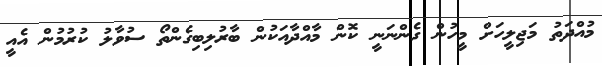
މުއްދަތު މަޖިލީހަށް މީހުން ގެންނަނީ ކޮން މާއްދާއަކުން ބާރުލިބިގެންތޯ ސުވާލު ކުރުމުން އެއީ